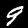
Label: 9